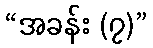
“အခန်း (၇)”